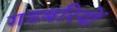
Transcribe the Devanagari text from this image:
गडबरियों